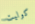
كوليت